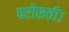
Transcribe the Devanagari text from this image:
परोसती।